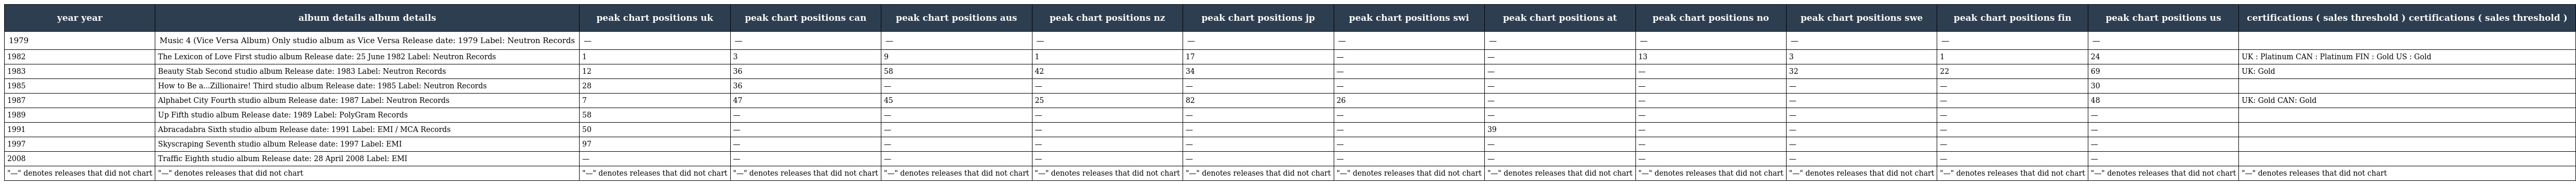
| year year | album details album details | peak chart positions uk | peak chart positions can | peak chart positions aus | peak chart positions nz | peak chart positions jp | peak chart positions swi | peak chart positions at | peak chart positions no | peak chart positions swe | peak chart positions fin | peak chart positions us | certifications ( sales threshold ) certifications ( sales threshold ) |
 | --- | --- | --- | --- | --- | --- | --- | --- | --- | --- | --- | --- | --- | --- |
 | 1979 | Music 4 (Vice Versa Album) Only studio album as Vice Versa Release date: 1979 Label: Neutron Records | — | — | — | — | — | — | — | — | — | — | — |  |
 | 1982 | The Lexicon of Love First studio album Release date: 25 June 1982 Label: Neutron Records | 1 | 3 | 9 | 1 | 17 | — | — | 13 | 3 | 1 | 24 | UK : Platinum CAN : Platinum FIN : Gold US : Gold |
 | 1983 | Beauty Stab Second studio album Release date: 1983 Label: Neutron Records | 12 | 36 | 58 | 42 | 34 | — | — | — | 32 | 22 | 69 | UK: Gold |
 | 1985 | How to Be a...Zillionaire! Third studio album Release date: 1985 Label: Neutron Records | 28 | 36 | — | — | — | — | — | — | — | — | 30 |  |
 | 1987 | Alphabet City Fourth studio album Release date: 1987 Label: Neutron Records | 7 | 47 | 45 | 25 | 82 | 26 | — | — | — | — | 48 | UK: Gold CAN: Gold |
 | 1989 | Up Fifth studio album Release date: 1989 Label: PolyGram Records | 58 | — | — | — | — | — | — | — | — | — | — |  |
 | 1991 | Abracadabra Sixth studio album Release date: 1991 Label: EMI / MCA Records | 50 | — | — | — | — | — | 39 | — | — | — | — |  |
 | 1997 | Skyscraping Seventh studio album Release date: 1997 Label: EMI | 97 | — | — | — | — | — | — | — | — | — | — |  |
 | 2008 | Traffic Eighth studio album Release date: 28 April 2008 Label: EMI | — | — | — | — | — | — | — | — | — | — | — |  |
 | "—" denotes releases that did not chart | "—" denotes releases that did not chart | "—" denotes releases that did not chart | "—" denotes releases that did not chart | "—" denotes releases that did not chart | "—" denotes releases that did not chart | "—" denotes releases that did not chart | "—" denotes releases that did not chart | "—" denotes releases that did not chart | "—" denotes releases that did not chart | "—" denotes releases that did not chart | "—" denotes releases that did not chart | "—" denotes releases that did not chart | "—" denotes releases that did not chart |